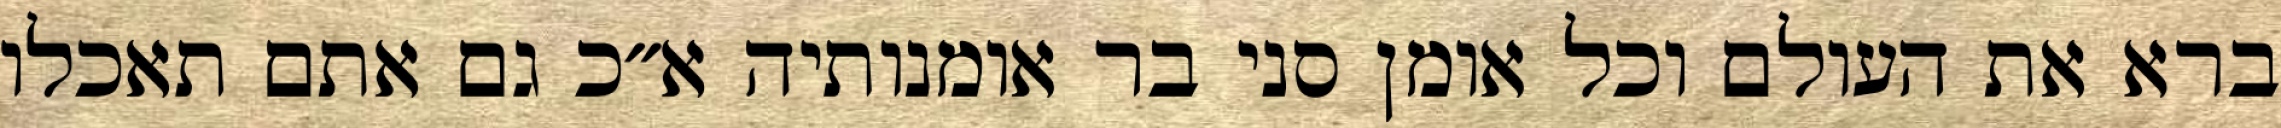
ברא את העולם וכל אומן סני בר אומנותיה א״כ גם אתם תאכלו